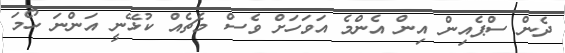
ދެން ސްޕެއިން އިން އެންމެ އަވަހަށް ވެސް މެޗެއް ކުޅޭނީ އަންނަ ހޯމަ